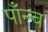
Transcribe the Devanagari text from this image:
पाँन्च